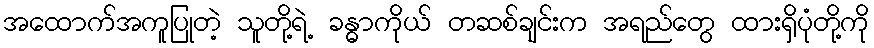
အထောက်အကူပြုတဲ့ သူတို့ရဲ့ ခန္ဓာကိုယ် တဆစ်ချင်းက အရည်တွေ ထားရှိပုံတို့ကို